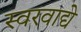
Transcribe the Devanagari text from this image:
स्वरवाद्ये